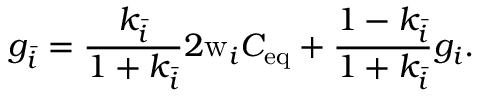
g _ { \bar { i } } = \frac { k _ { \bar { i } } } { 1 + k _ { \bar { i } } } 2 \mathrm { w } _ { i } C _ { \mathrm { e q } } + \frac { 1 - k _ { \bar { i } } } { 1 + k _ { \bar { i } } } g _ { i } .